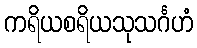
ကရိယစရိယသုသင်္ဂဟံ